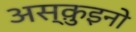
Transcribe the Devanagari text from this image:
अस्क़ुइनो